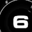
Digit: 6